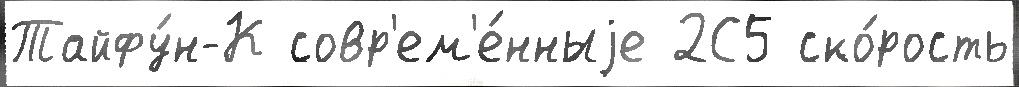
Тайфу́н-К совр'ем'е́нныjе 2С5 ско́рость